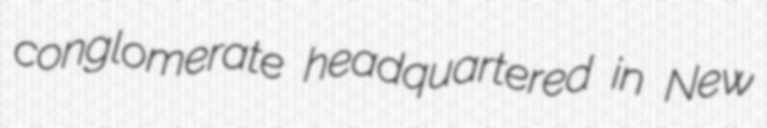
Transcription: conglomerate headquartered in New